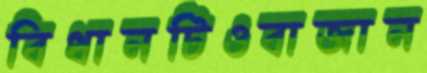
বিধানটিওবাজান